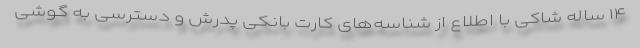
۱۴ ساله شاکی با اطلاع از شناسه‌های کارت بانکی پدرش و دسترسی به گوشی